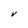
Character: V